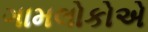
ગામલોકોએ